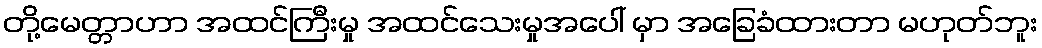
တို့မေတ္တာဟာ အထင်ကြီးမှု အထင်သေးမှုအပေါ် မှာ အခြေခံထားတာ မဟုတ်ဘူး